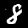
Digit: 8